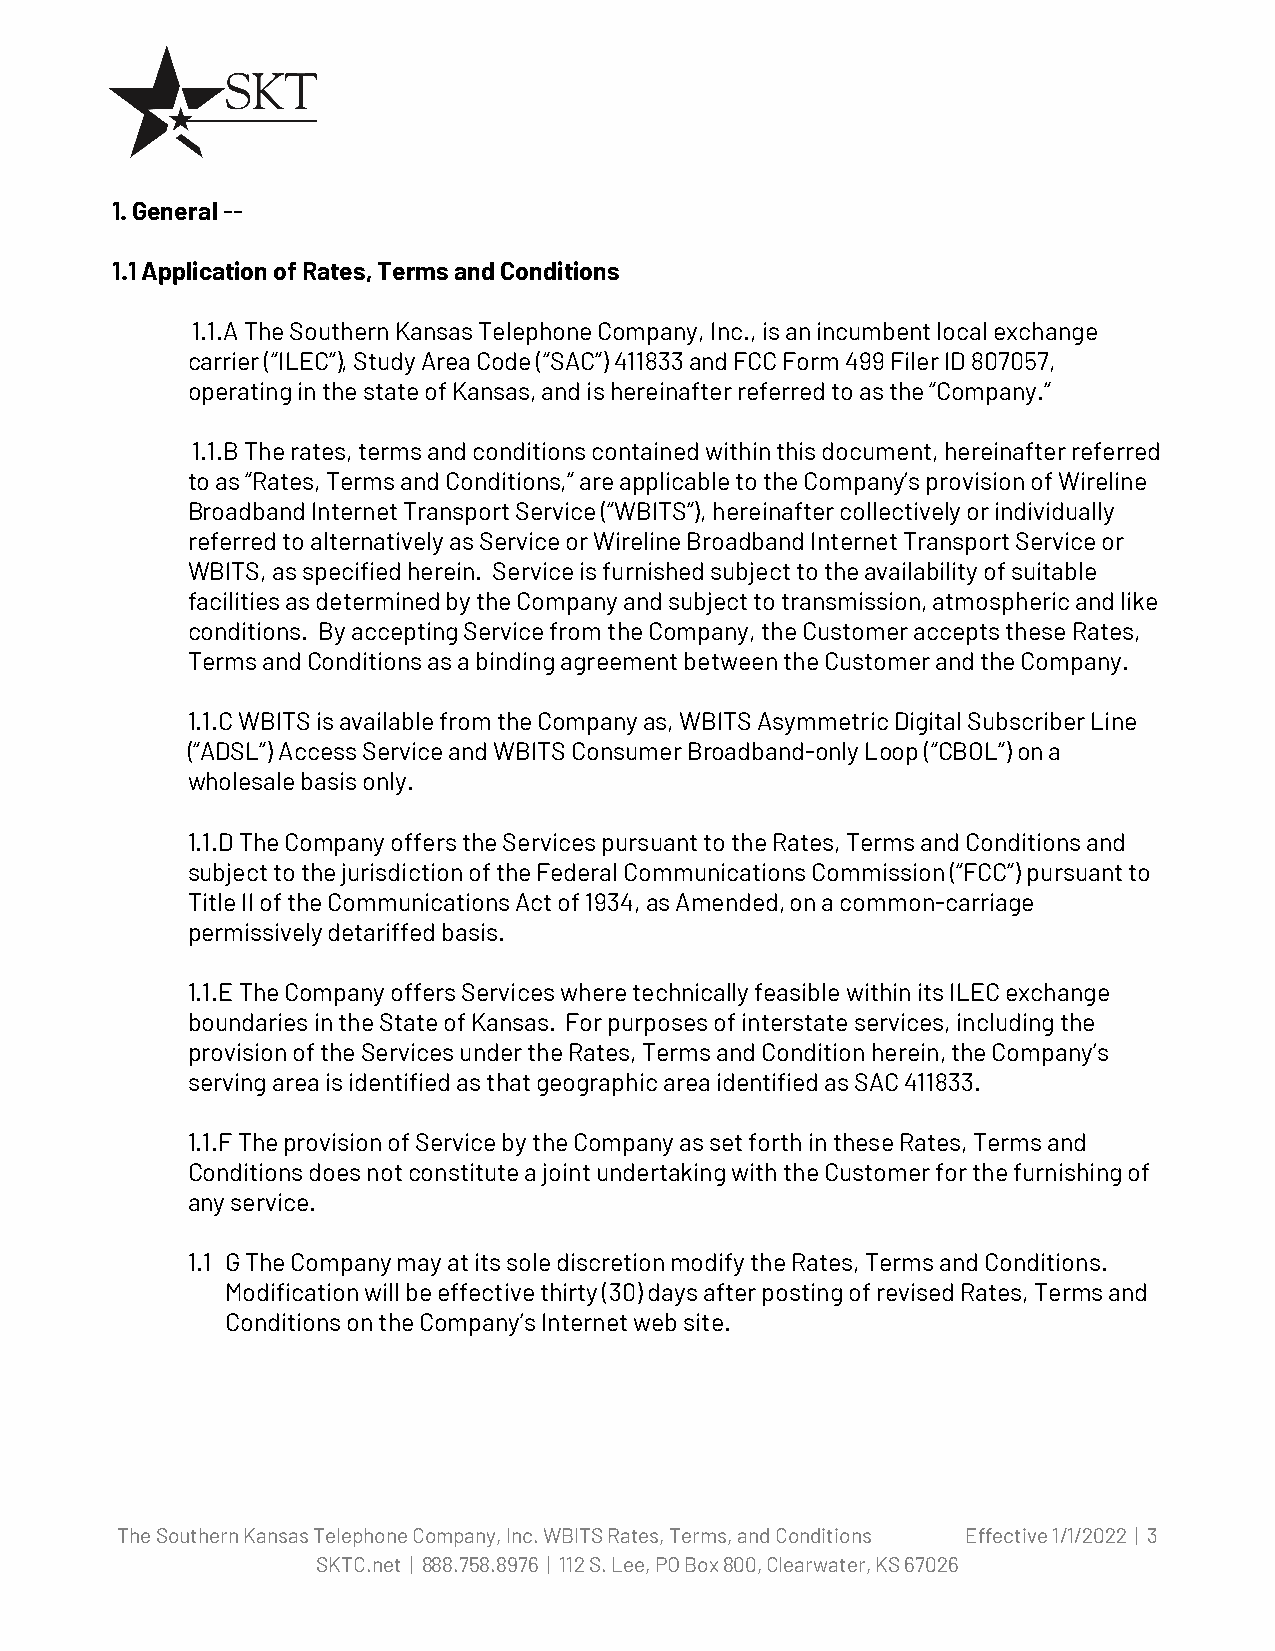
1. General --
 1.1 Application of Rates, Terms and Conditions
 1.1.A The Southern Kansas Telephone Company, Inc., is an incumbent local exchange
 carrier (“ILEC”), Study Area Code (“SAC”) 411833 and FCC Form 499 Filer ID 807057,
 operating in the state of Kansas, and is hereinafter referred to as the “Company.”
 1.1.B The rates, terms and conditions contained within this document, hereinafter referred
 to as “Rates, Terms and Conditions,” are applicable to the Company’s provision of Wireline
 Broadband Internet Transport Service (“WBITS”), hereinafter collectively or individually
 referred to alternatively as Service or Wireline Broadband Internet Transport Service or
 WBITS, as specified herein. Service is furnished subject to the availability of suitable
 facilities as determined by the Company and subject to transmission, atmospheric and like
 conditions. By accepting Service from the Company, the Customer accepts these Rates,
 Terms and Conditions as a binding agreement between the Customer and the Company.
 1.1.C WBITS is available from the Company as, WBITS Asymmetric Digital Subscriber Line
 (“ADSL”) Access Service and WBITS Consumer Broadband-only Loop (“CBOL”) on a
 wholesale basis only.
 1.1.D The Company offers the Services pursuant to the Rates, Terms and Conditions and
 subject to the jurisdiction of the Federal Communications Commission (“FCC”) pursuant to
 Title II of the Communications Act of 1934, as Amended, on a common-carriage
 permissively detariffed basis.
 1.1.E The Company offers Services where technically feasible within its ILEC exchange
 boundaries in the State of Kansas. For purposes of interstate services, including the
 provision of the Services under the Rates, Terms and Condition herein, the Company’s
 serving area is identified as that geographic area identified as SAC 411833.
 1.1.F The provision of Service by the Company as set forth in these Rates, Terms and
 Conditions does not constitute a joint undertaking with the Customer for the furnishing of
 any service.
 1.1 G The Company may at its sole discretion modify the Rates, Terms and Conditions.
 Modification will be effective thirty (30) days after posting of revised Rates, Terms and
 Conditions on the Company’s Internet web site.
 The Southern Kansas Telephone Company, Inc. WBITS Rates, Terms, and Conditions Effective 1/1/2022 | 3
 SKTC.net | 888.758.8976 | 112 S. Lee, PO Box 800, Clearwater, KS 67026